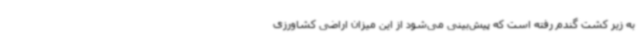
به زیر کشت گندم رفته است که پیش‌بینی می‌شود از این میزان اراضی کشاورزی